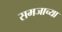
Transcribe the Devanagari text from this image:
समजाच्या